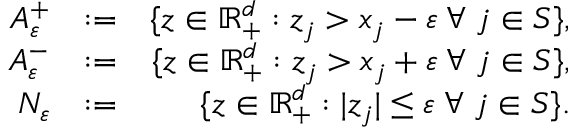
\begin{array} { r l r } { A _ { \varepsilon } ^ { + } } & { : = } & { \{ \boldsymbol z \in \mathbb { R } _ { + } ^ { d } : z _ { j } > x _ { j } - \varepsilon \; \forall \; j \in S \} , } \\ { A _ { \varepsilon } ^ { - } } & { : = } & { \{ \boldsymbol z \in \mathbb { R } _ { + } ^ { d } : z _ { j } > x _ { j } + \varepsilon \; \forall \; j \in S \} , } \\ { N _ { \varepsilon } } & { : = } & { \{ \boldsymbol z \in \mathbb { R } _ { + } ^ { d } : | z _ { j } | \leq \varepsilon \; \forall \; j \in S \} . } \end{array}